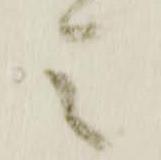
令